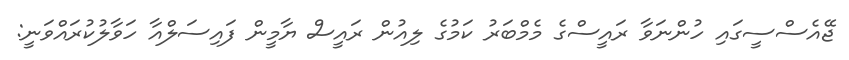
ޖޭއެސްސީގައި ހުންނަވާ ރައީސްގެ މެމްބަރު ކަމުގެ ލިއުން ރައީސް ޔާމީން ފައިސަލްއާ ހަވާލުކުރައްވަނީ: